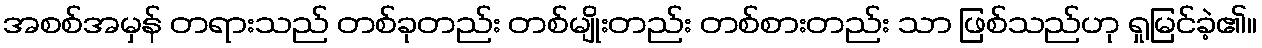
အစစ်အမှန် တရားသည် တစ်ခုတည်း တစ်မျိုးတည်း တစ်စားတည်း သာ ဖြစ်သည်ဟု ရှုမြင်ခဲ့၏။